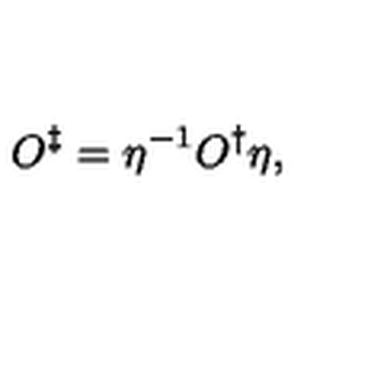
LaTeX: O ^ { \ddag } = \eta ^ { - 1 } O ^ { \dag } \eta ,